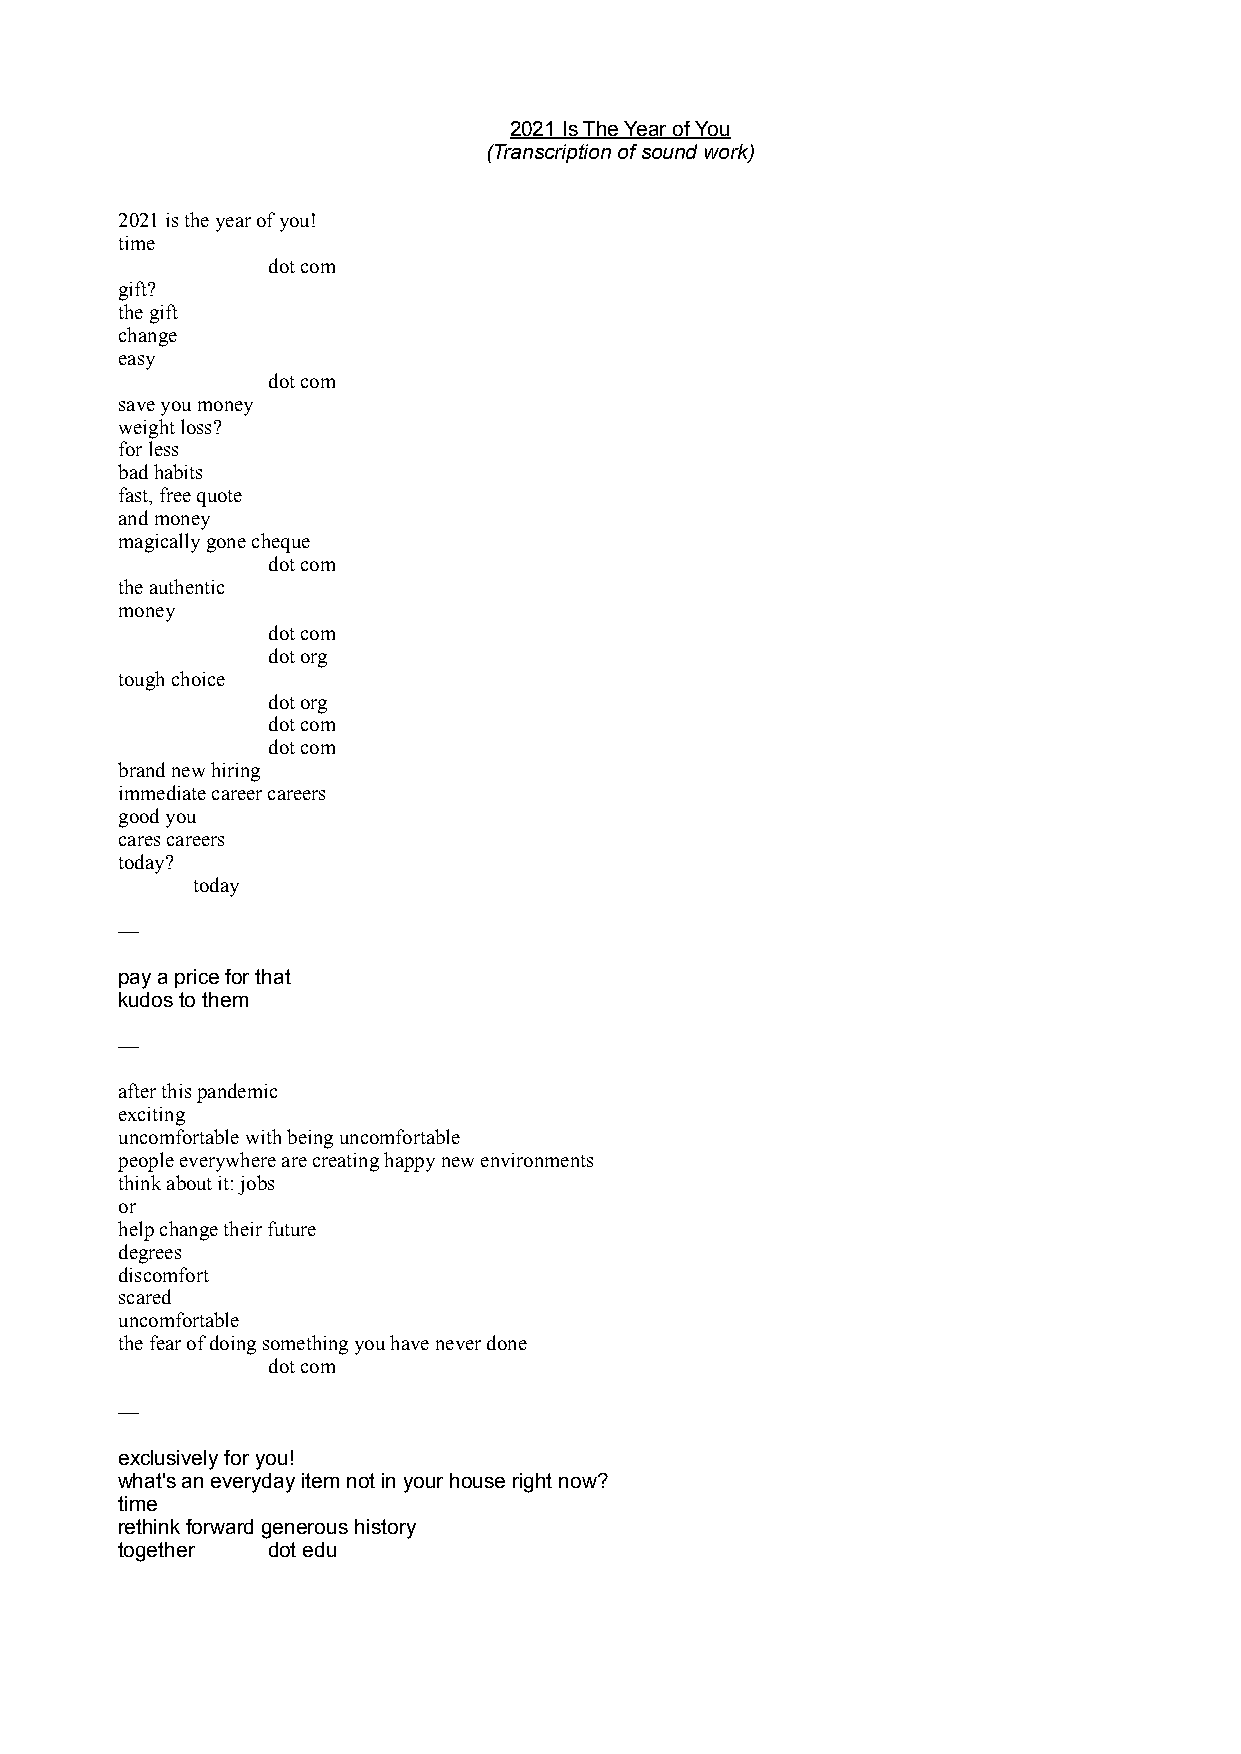
2021 Is The Year of You
 (Transcription of sound work)
 2021 is the year of you!
 time
 dot com
 gift?
 the gift
 change
 easy
 dot com
 save you money
 weight loss?
 for less
 bad habits
 fast, free quote
 and money
 magically gone cheque
 dot com
 the authentic
 money
 dot com
 dot org
 tough choice
 dot org
 dot com
 dot com
 brand new hiring
 immediate career careers
 good you
 cares careers
 today?
 today
 —
 pay a price for that
 kudos to them
 —
 after this pandemic
 exciting
 uncomfortable with being uncomfortable
 people everywhere are creating happy new environments
 think about it: jobs
 or
 help change their future
 degrees
 discomfort
 scared
 uncomfortable
 the fear of doing something you have never done
 dot com
 —
 exclusively for you!
 what's an everyday item not in your house right now?
 time
 rethink forward generous history
 together  dot edu